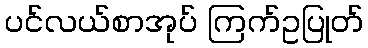
ပင်လယ်စာအုပ် ကြက်ဥပြုတ်